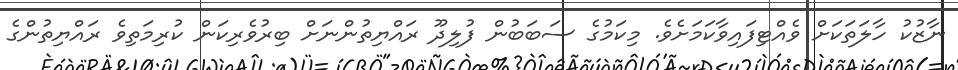
ނާޒުކު ހާލަތަކަށް ވެއްޓިފައިވާކަމަށެވެ. މިކަމުގެ ސަބަބުން ފުލިދޫ ރައްޔިތުންނަށް ބިރުވެރިކަން ކުރިމަތިވެ ރައްޔިތުންގެ